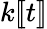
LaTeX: k[\! [t]\! ]